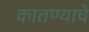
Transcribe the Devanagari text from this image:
कातण्याचे